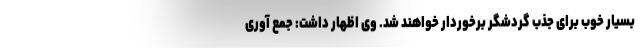
بسیار خوب برای جذب گردشگر برخوردار خواهند شد. وی اظهار داشت: جمع آوری